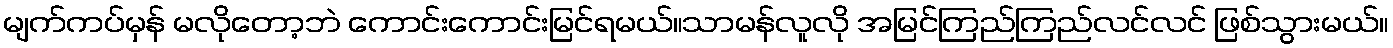
မျက်ကပ်မှန် မလိုတော့ဘဲ ကောင်းကောင်းမြင်ရမယ်။သာမန်လူလို အမြင်ကြည်ကြည်လင်လင် ဖြစ်သွားမယ်။